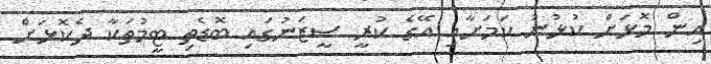
އިން މޮޅަށް ކުޅުނު ކަމަށާއި އޭގެ ކުރީ ސީޒަނުގައި ބޮޑެތި ޓީމުތަކާ ދެކޮޅަށް